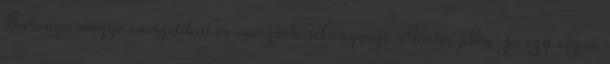
Baranya megye energetikai és energiahatékonysági Master plan-ja egy olyan